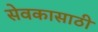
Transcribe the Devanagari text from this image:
सेवकासाठी